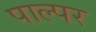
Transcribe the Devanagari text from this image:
पाल्पर